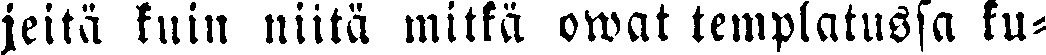
jeitä kuin niitä mitkä owat templatussa ku-